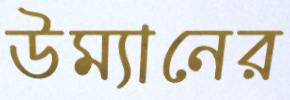
উম্যানের